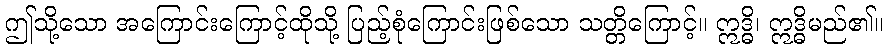
ဤသို့သော အကြောင်းကြောင့်ထိုသို့ ပြည့်စုံကြောင်းဖြစ်သော သတ္တိကြောင့်။ ဣဒ္ဓိ၊ ဣဒ္ဓိမည်၏။